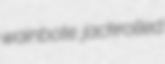
wainbote jackrolled